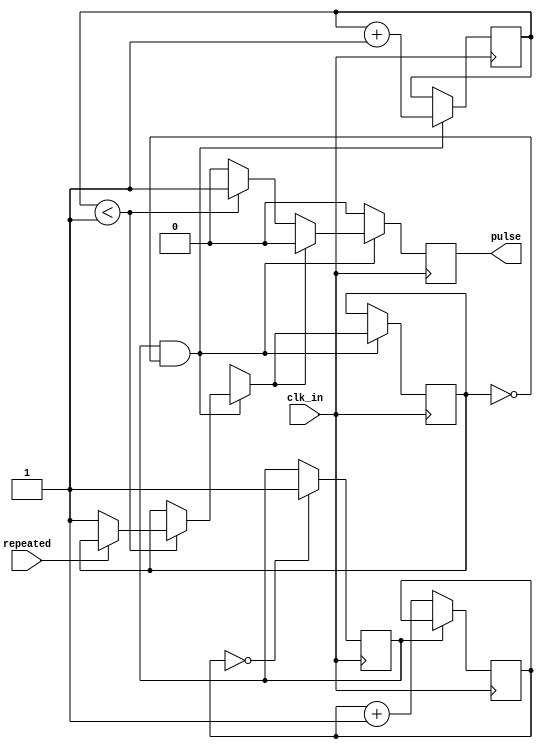
`timescale 1ns / 1ps
//////////////////////////////////////////////////////////////////////////////////
// Company: 
// Engineer: 
// 
// Design Name: 
// Module Name: pulse_generator
// Project Name: 
// Target Devices: 
// Tool Versions: 
// Description: A simple pulse generator with configurable initial values and waiting cycles
// 
// Dependencies: 
// 
// Revision:
// Revision 0.01 - File Created
// Additional Comments:
// 
//////////////////////////////////////////////////////////////////////////////////

// Uncomment if using Vivado to synthesize the design. This will enable the initial block
// If using Yosys, initial blocks are not supported, and cannot be included.
// `define VIVADO_SYNTHESIS

module pulse_generator(
  input clk_in,
  input repeated, // Specify if the pulse should be generated repeatedly
  output reg pulse
  );
    
    
  parameter INITIAL_VALUE=0; // Define the initial value for the pulse, either 0 or 1; The pulse logic level will be a flip over the initial value
  parameter WAIT_CYCLES=0; // Define the number of clock cycles to wait before the pulse is applied
  parameter PULSE_WIDTH=1; // Define the length of the pulse width 
  parameter PULSE_COUNTER_SIZE=10; // Define the size of the pulse width counter
  
  reg [WAIT_CYCLES<=2 ? 2 : $clog2(WAIT_CYCLES) : 0] wait_cycle_counter; // Size of wait counter is determined by WAIT_CYCLES
  reg [PULSE_COUNTER_SIZE - 1 : 0] pulse_width_counter;
  reg pulse_start;
  reg pulse_end;

`ifdef VIVADO_SYNTHESIS
  initial begin
    pulse <= INITIAL_VALUE;
    pulse_start <= 1'b0;
    pulse_end <= 1'b0;
    wait_cycle_counter <= 0;
    pulse_width_counter <= 0;
  end
`endif
  
  // Wait a number of clock cycles, hold the initial value
  always @(posedge clk_in) begin
    if (wait_cycle_counter == WAIT_CYCLES) begin
      pulse_start <= 1'b1;
    end
    if (~pulse_start) begin
      wait_cycle_counter <= wait_cycle_counter + 1;
    end
  end
  
  // Wait a number of clock cycles, hold the initial value
  always @(posedge clk_in) begin
    pulse <= INITIAL_VALUE;
    if (pulse_start && ~pulse_end) begin
      // Reach the pulse width limit, stop counting
      if (pulse_width_counter < PULSE_WIDTH) begin
        pulse <= ~INITIAL_VALUE;
        if (~repeated) begin
          pulse_end = 1'b1;
        end
      end
      // When pulse ends, flip to initial value
      if (pulse_end) begin
        pulse <= INITIAL_VALUE;
      end
      pulse_width_counter <= pulse_width_counter + 1;
    end
  end
  
endmodule